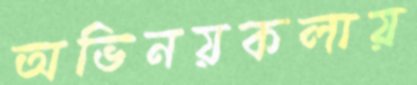
অভিনয়কলায়